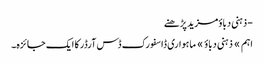
- ذہنی دباؤمزید پڑھنے
اہم » ذہنی دباؤ » ماہواری ڈاسفورک ڈس آرڈر کا ایک جائزہ۔